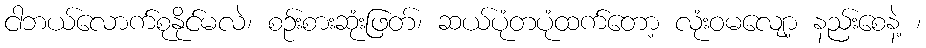
ငါဘယ်လောက်စုနိုင်မလဲ၊ စဉ်းစားဆုံးဖြတ်၊ ဆယ်ပုံတပုံထက်တော့ လုံးဝမလျော့ နည်းစေနဲ့ ၊